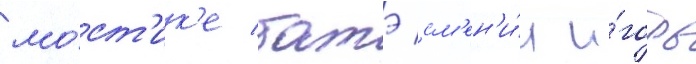
мо́ст'ик'е батэ см'ен'и́л и́горь